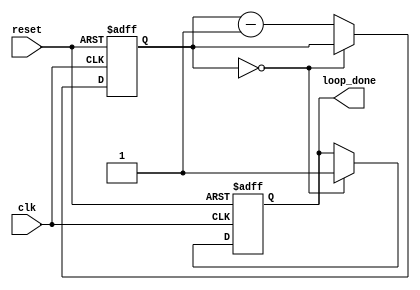
module decremental_for_loop (
    input clk,
    input reset,
    output reg loop_done
);

reg [7:0] counter;

always @(posedge clk or posedge reset) begin
    if (reset) begin
        counter <= 8'b11111111; // initial value for counter
        loop_done <= 0;
    end else begin
        if (counter == 8'b00000000) begin
            loop_done <= 1; // loop termination condition
        end else begin
            counter <= counter - 1; // decrement operation
        end
    end
end

endmodule